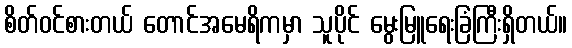
စိတ်ဝင်စားတယ် တောင်အမေရိကမှာ သူပိုင် မွေးမြူရေးခြံကြီးရှိတယ်။